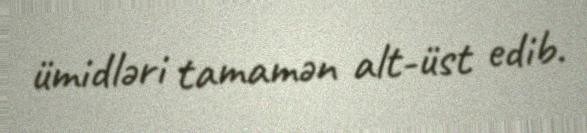
ümidləri tamamən alt-üst edib.